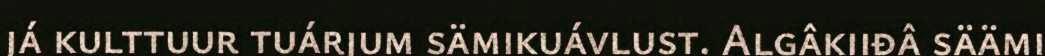
já kulttuur tuárjum sämikuávlust. Algâkiiđâ säämi